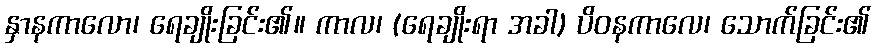
နှာနကာလော၊ ရေချိုးခြင်း၏။ ကာလ၊ (ရေချိုးရာ အခါ) ပိဝနကာလေ၊ သောက်ခြင်း၏